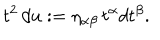
t ^ { 2 } \, d u : = \eta _ { \alpha \beta } \, t ^ { \alpha } d t ^ { \beta } .